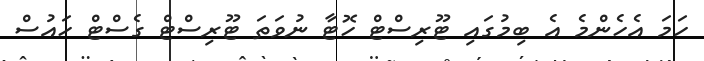
ހަމަ އެހެންމެ އެ ބިމުގައި ޓޫރިސްޓް ހޮޓާ ނުވަތަ ޓޫރިސްޓް ގެސްޓް ހައުސް